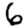
Digit: 6